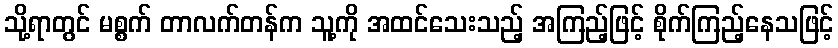
သို့ရာတွင် မစ္စက် တာလက်တန်က သူ့ကို အထင်သေးသည့် အကြည့်ဖြင့် စိုက်ကြည့်နေသဖြင့်